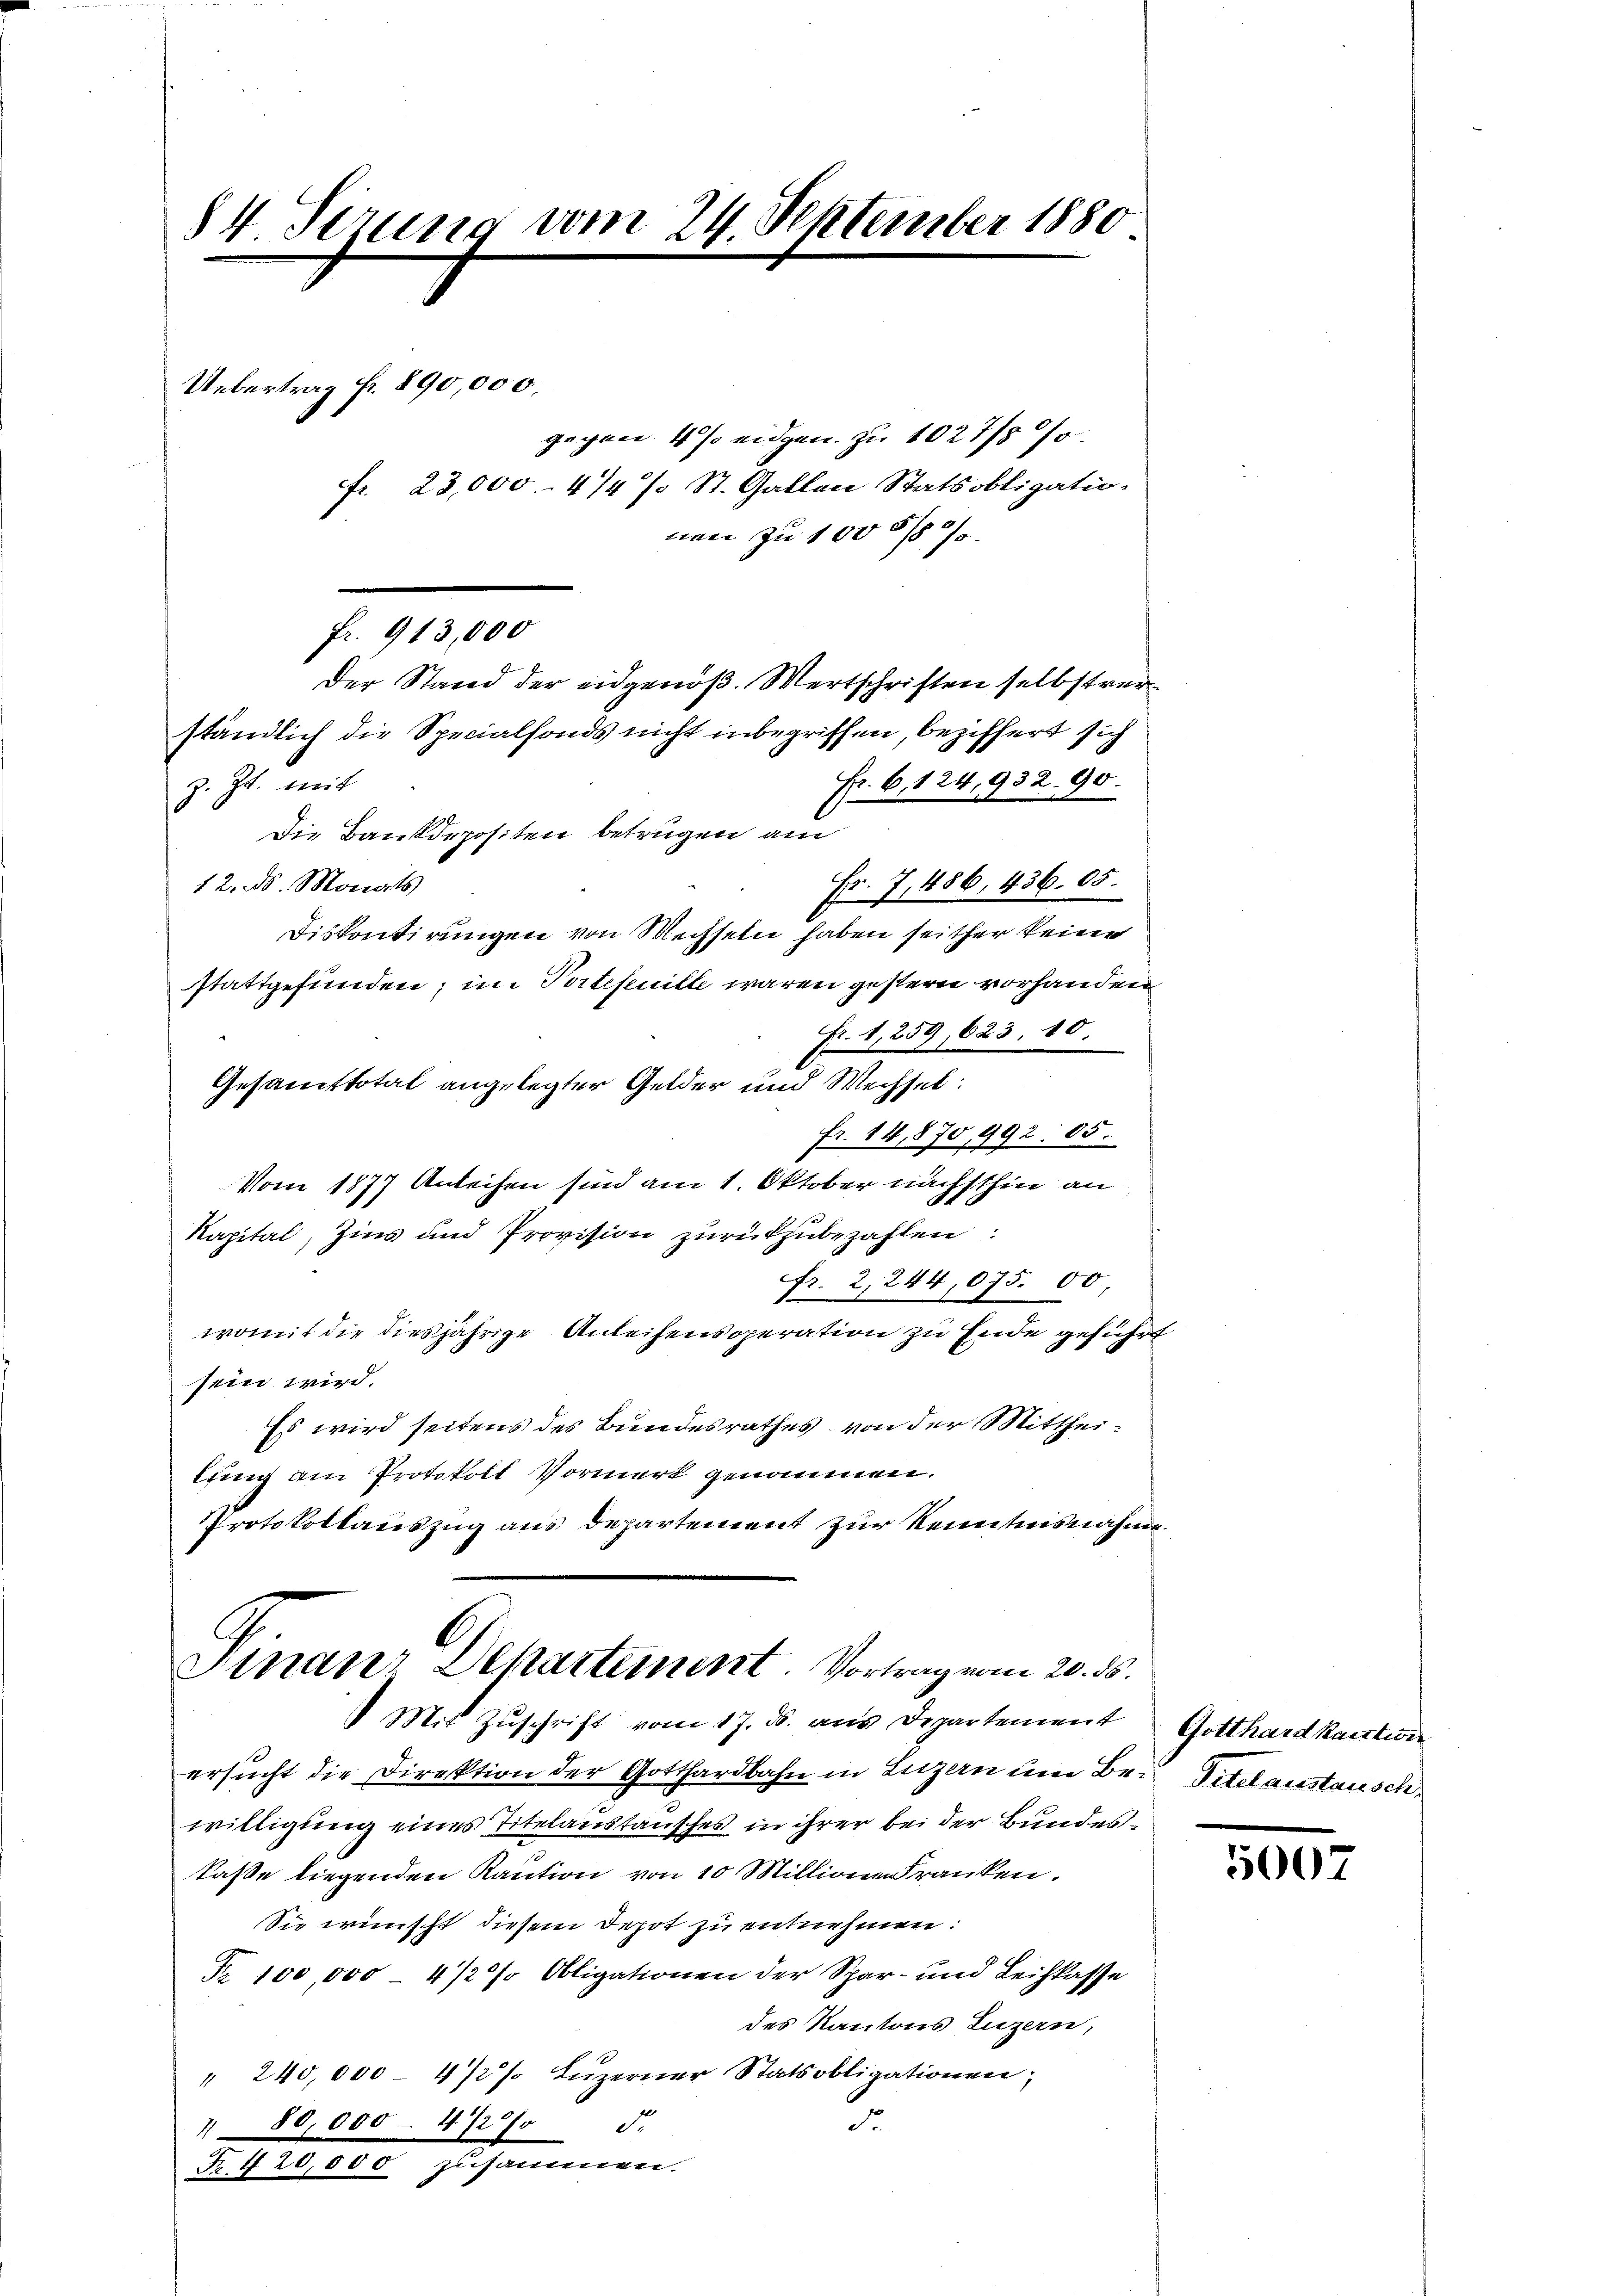
84 derung vom 24. September 1880
Uebertrag fr. 890,000.
gegen 4 % eidgen. zu 1027/8
fr. 23,000.- 4/4 % St. Gallen Statsobligatio-
nen zu 100 § 107.

Der Stand der eidgenöß. Wertschriften selbstverständlich die Specialfonds nicht inbegriffen, beziffert sich
Fr. 6, 124,932. 90.
z. Zt. mit
Die Bankdepositen betrügen am
12. ds. Monats
Fr. 7, 486, 436. 05.
Diskontirungen von Wechseln haben seither keine
stattgefunden; im Portefeuille waren gestern vorhanden
Fr. 1, 259, 623. 10.
Gesanftotal angelegter Gelder und Wechsel:
Fr. 14,870, 992. 85.
Vom 1877 Anleihen sind am 1. Oktober nächsthin an
Kapital, Zins und Provision zurückzubezahlen:
fr. 2, 244,075.00
womit die diesjährige Anleihensoperation zu Ende geführt
sein wird.
Es wird seitens des Bundesrathes von der Mittheilung am Protokoll Vormerk genommen.
Protokollauszug aus Departement zur Kenntnisnahme

fr. 913,000

Finanz Departement. Vortrag vom 20. ds.
 Mit Zŭschrift vom 17. ds. aus Departement

ersucht die Direktion der Gotthardbahn in Luzern um Be¬ Titel anstausch,
willigung eines Titelanstansches in ihrer bei der Bundeskasse liegenden Kaution von 10 Millione Franken.
Sie wünscht diesem Depot zu entnehmen:
Fr. 100,000 - 4/2% Obligationen der Spar- und Leihkasse
des Kantons Luzern,
" 240,000 - 4/2% Luzerner Statsobligationen,
F.
180,000 - 472 f.
Pelliertes zusammen.

Gotthard kantiie

5007